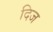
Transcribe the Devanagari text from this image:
दिज